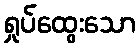
ရှုပ်ထွေးသော